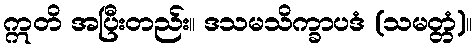
ဣတိ အပြီးတည်း။ ဒသမသိက္ခာပဒံ (သမတ္တံ)။